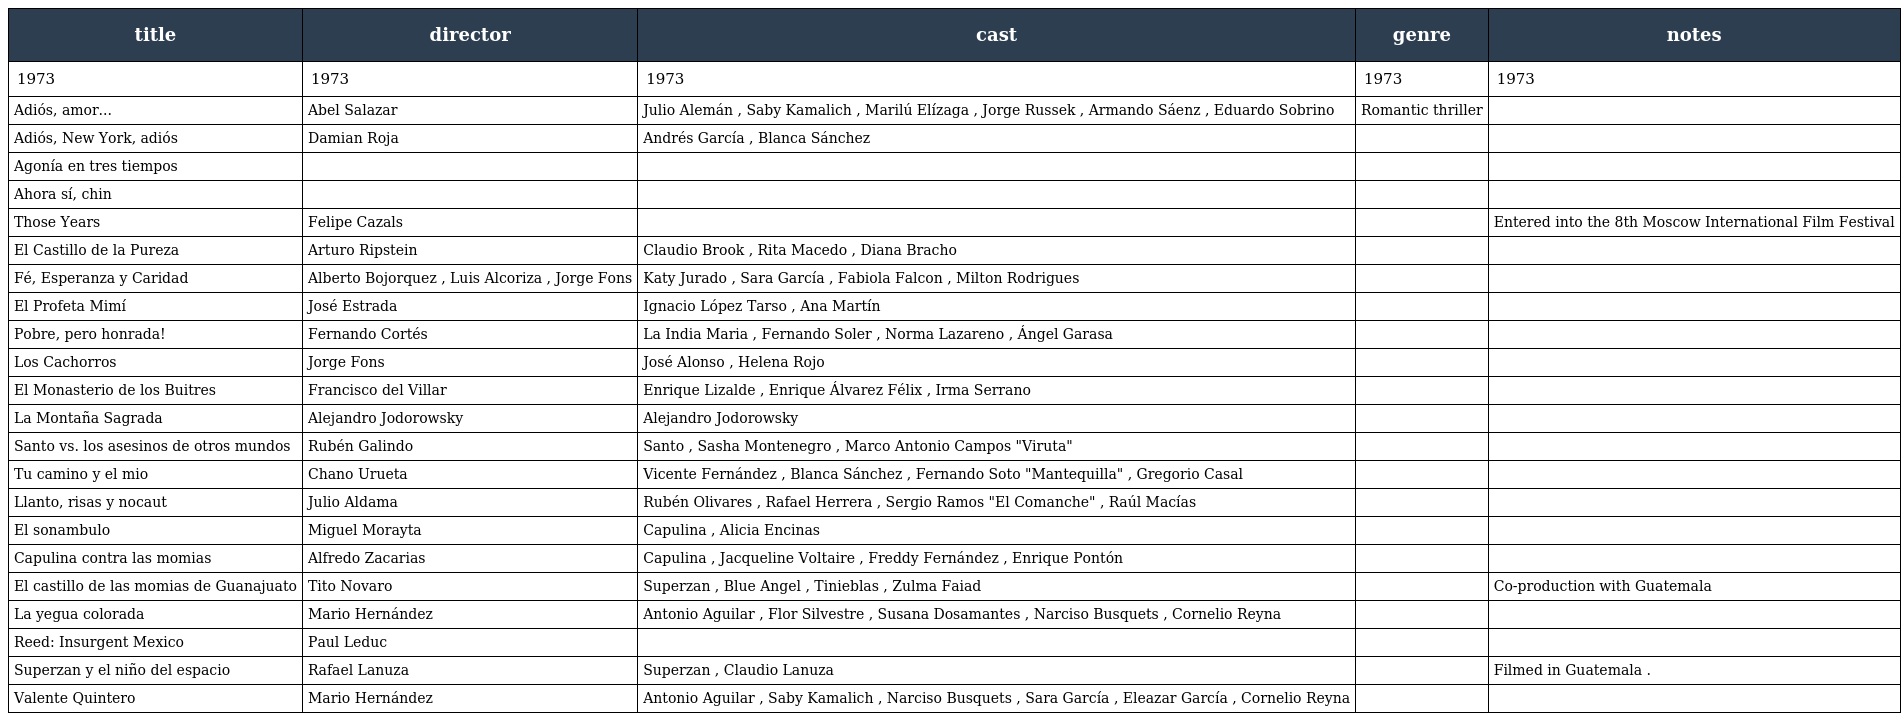
| title | director | cast | genre | notes |
 | --- | --- | --- | --- | --- |
 | 1973 | 1973 | 1973 | 1973 | 1973 |
 | Adiós, amor... | Abel Salazar | Julio Alemán , Saby Kamalich , Marilú Elízaga , Jorge Russek , Armando Sáenz , Eduardo Sobrino | Romantic thriller |  |
 | Adiós, New York, adiós | Damian Roja | Andrés García , Blanca Sánchez |  |  |
 | Agonía en tres tiempos |  |  |  |  |
 | Ahora sí, chin |  |  |  |  |
 | Those Years | Felipe Cazals |  |  | Entered into the 8th Moscow International Film Festival |
 | El Castillo de la Pureza | Arturo Ripstein | Claudio Brook , Rita Macedo , Diana Bracho |  |  |
 | Fé, Esperanza y Caridad | Alberto Bojorquez , Luis Alcoriza , Jorge Fons | Katy Jurado , Sara García , Fabiola Falcon , Milton Rodrigues |  |  |
 | El Profeta Mimí | José Estrada | Ignacio López Tarso , Ana Martín |  |  |
 | Pobre, pero honrada! | Fernando Cortés | La India Maria , Fernando Soler , Norma Lazareno , Ángel Garasa |  |  |
 | Los Cachorros | Jorge Fons | José Alonso , Helena Rojo |  |  |
 | El Monasterio de los Buitres | Francisco del Villar | Enrique Lizalde , Enrique Álvarez Félix , Irma Serrano |  |  |
 | La Montaña Sagrada | Alejandro Jodorowsky | Alejandro Jodorowsky |  |  |
 | Santo vs. los asesinos de otros mundos | Rubén Galindo | Santo , Sasha Montenegro , Marco Antonio Campos "Viruta" |  |  |
 | Tu camino y el mio | Chano Urueta | Vicente Fernández , Blanca Sánchez , Fernando Soto "Mantequilla" , Gregorio Casal |  |  |
 | Llanto, risas y nocaut | Julio Aldama | Rubén Olivares , Rafael Herrera , Sergio Ramos "El Comanche" , Raúl Macías |  |  |
 | El sonambulo | Miguel Morayta | Capulina , Alicia Encinas |  |  |
 | Capulina contra las momias | Alfredo Zacarias | Capulina , Jacqueline Voltaire , Freddy Fernández , Enrique Pontón |  |  |
 | El castillo de las momias de Guanajuato | Tito Novaro | Superzan , Blue Angel , Tinieblas , Zulma Faiad |  | Co-production with Guatemala |
 | La yegua colorada | Mario Hernández | Antonio Aguilar , Flor Silvestre , Susana Dosamantes , Narciso Busquets , Cornelio Reyna |  |  |
 | Reed: Insurgent Mexico | Paul Leduc |  |  |  |
 | Superzan y el niño del espacio | Rafael Lanuza | Superzan , Claudio Lanuza |  | Filmed in Guatemala . |
 | Valente Quintero | Mario Hernández | Antonio Aguilar , Saby Kamalich , Narciso Busquets , Sara García , Eleazar García , Cornelio Reyna |  |  |